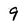
Character: 9